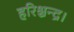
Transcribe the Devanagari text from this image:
हरिश्चन्द्र।